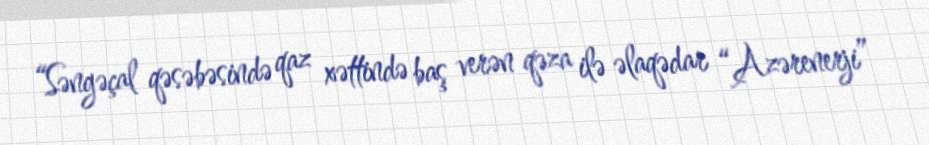
“Səngəçal qəsəbəsində qaz xəttində baş verən qəza ilə əlaqədar “Azərenerji”